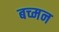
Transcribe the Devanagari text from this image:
बच्मन